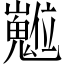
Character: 𡾵